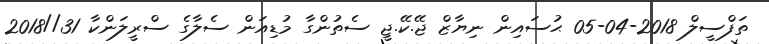
ތަފްސީލް 2018-04-05 ޙުސައިން ނިޔާޒް ޖޭ.ކޭ.ޖީ ސެތުންގާ މުޑިއަން ސެލާގެ ސްރީލަންކާ 31//2018